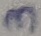
Text: 3